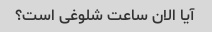
آیا الان ساعت شلوغی است؟